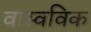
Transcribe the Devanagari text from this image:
वास्वविक